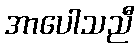
အာပေါသညီ